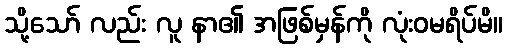
သို့သော် လည်း လူ နာ၏ အဖြစ်မှန်ကို လုံးဝမရိပ်မိ။